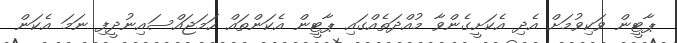
ޕާޓީން ވަކިވުމަށް އެދި އެކަށީގެންވާ މުއްދަތެއްގައި ޕާޓީން އެކަންތައް ހަމަޖައްސައިނުދީފި ނަމަ އެކަން